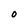
Character: 0